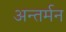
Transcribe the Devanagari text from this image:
अन्‍तर्मन